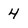
Character: 4